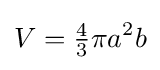
V={\tfrac {4}{3}}\pi a^{2}b